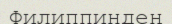
Филиппиндең